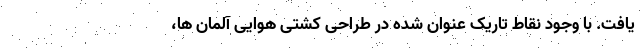
یافت. با وجود نقاط تاریک عنوان شده در طراحی کشتی هوایی آلمان ها،